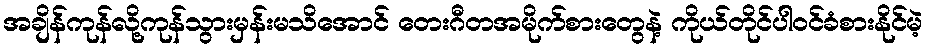
အချိန်ကုန်လို့ကုန်သွားမှန်းမသိအောင် တေးဂီတအမိုက်စားတွေနဲ့ ကိုယ်တိုင်ပါဝင်ခံစားနိုင်မဲ့